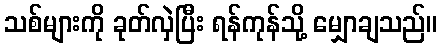
သစ်များကို ခုတ်လှဲပြီး ရန်ကုန်သို့ မျှောချသည်။